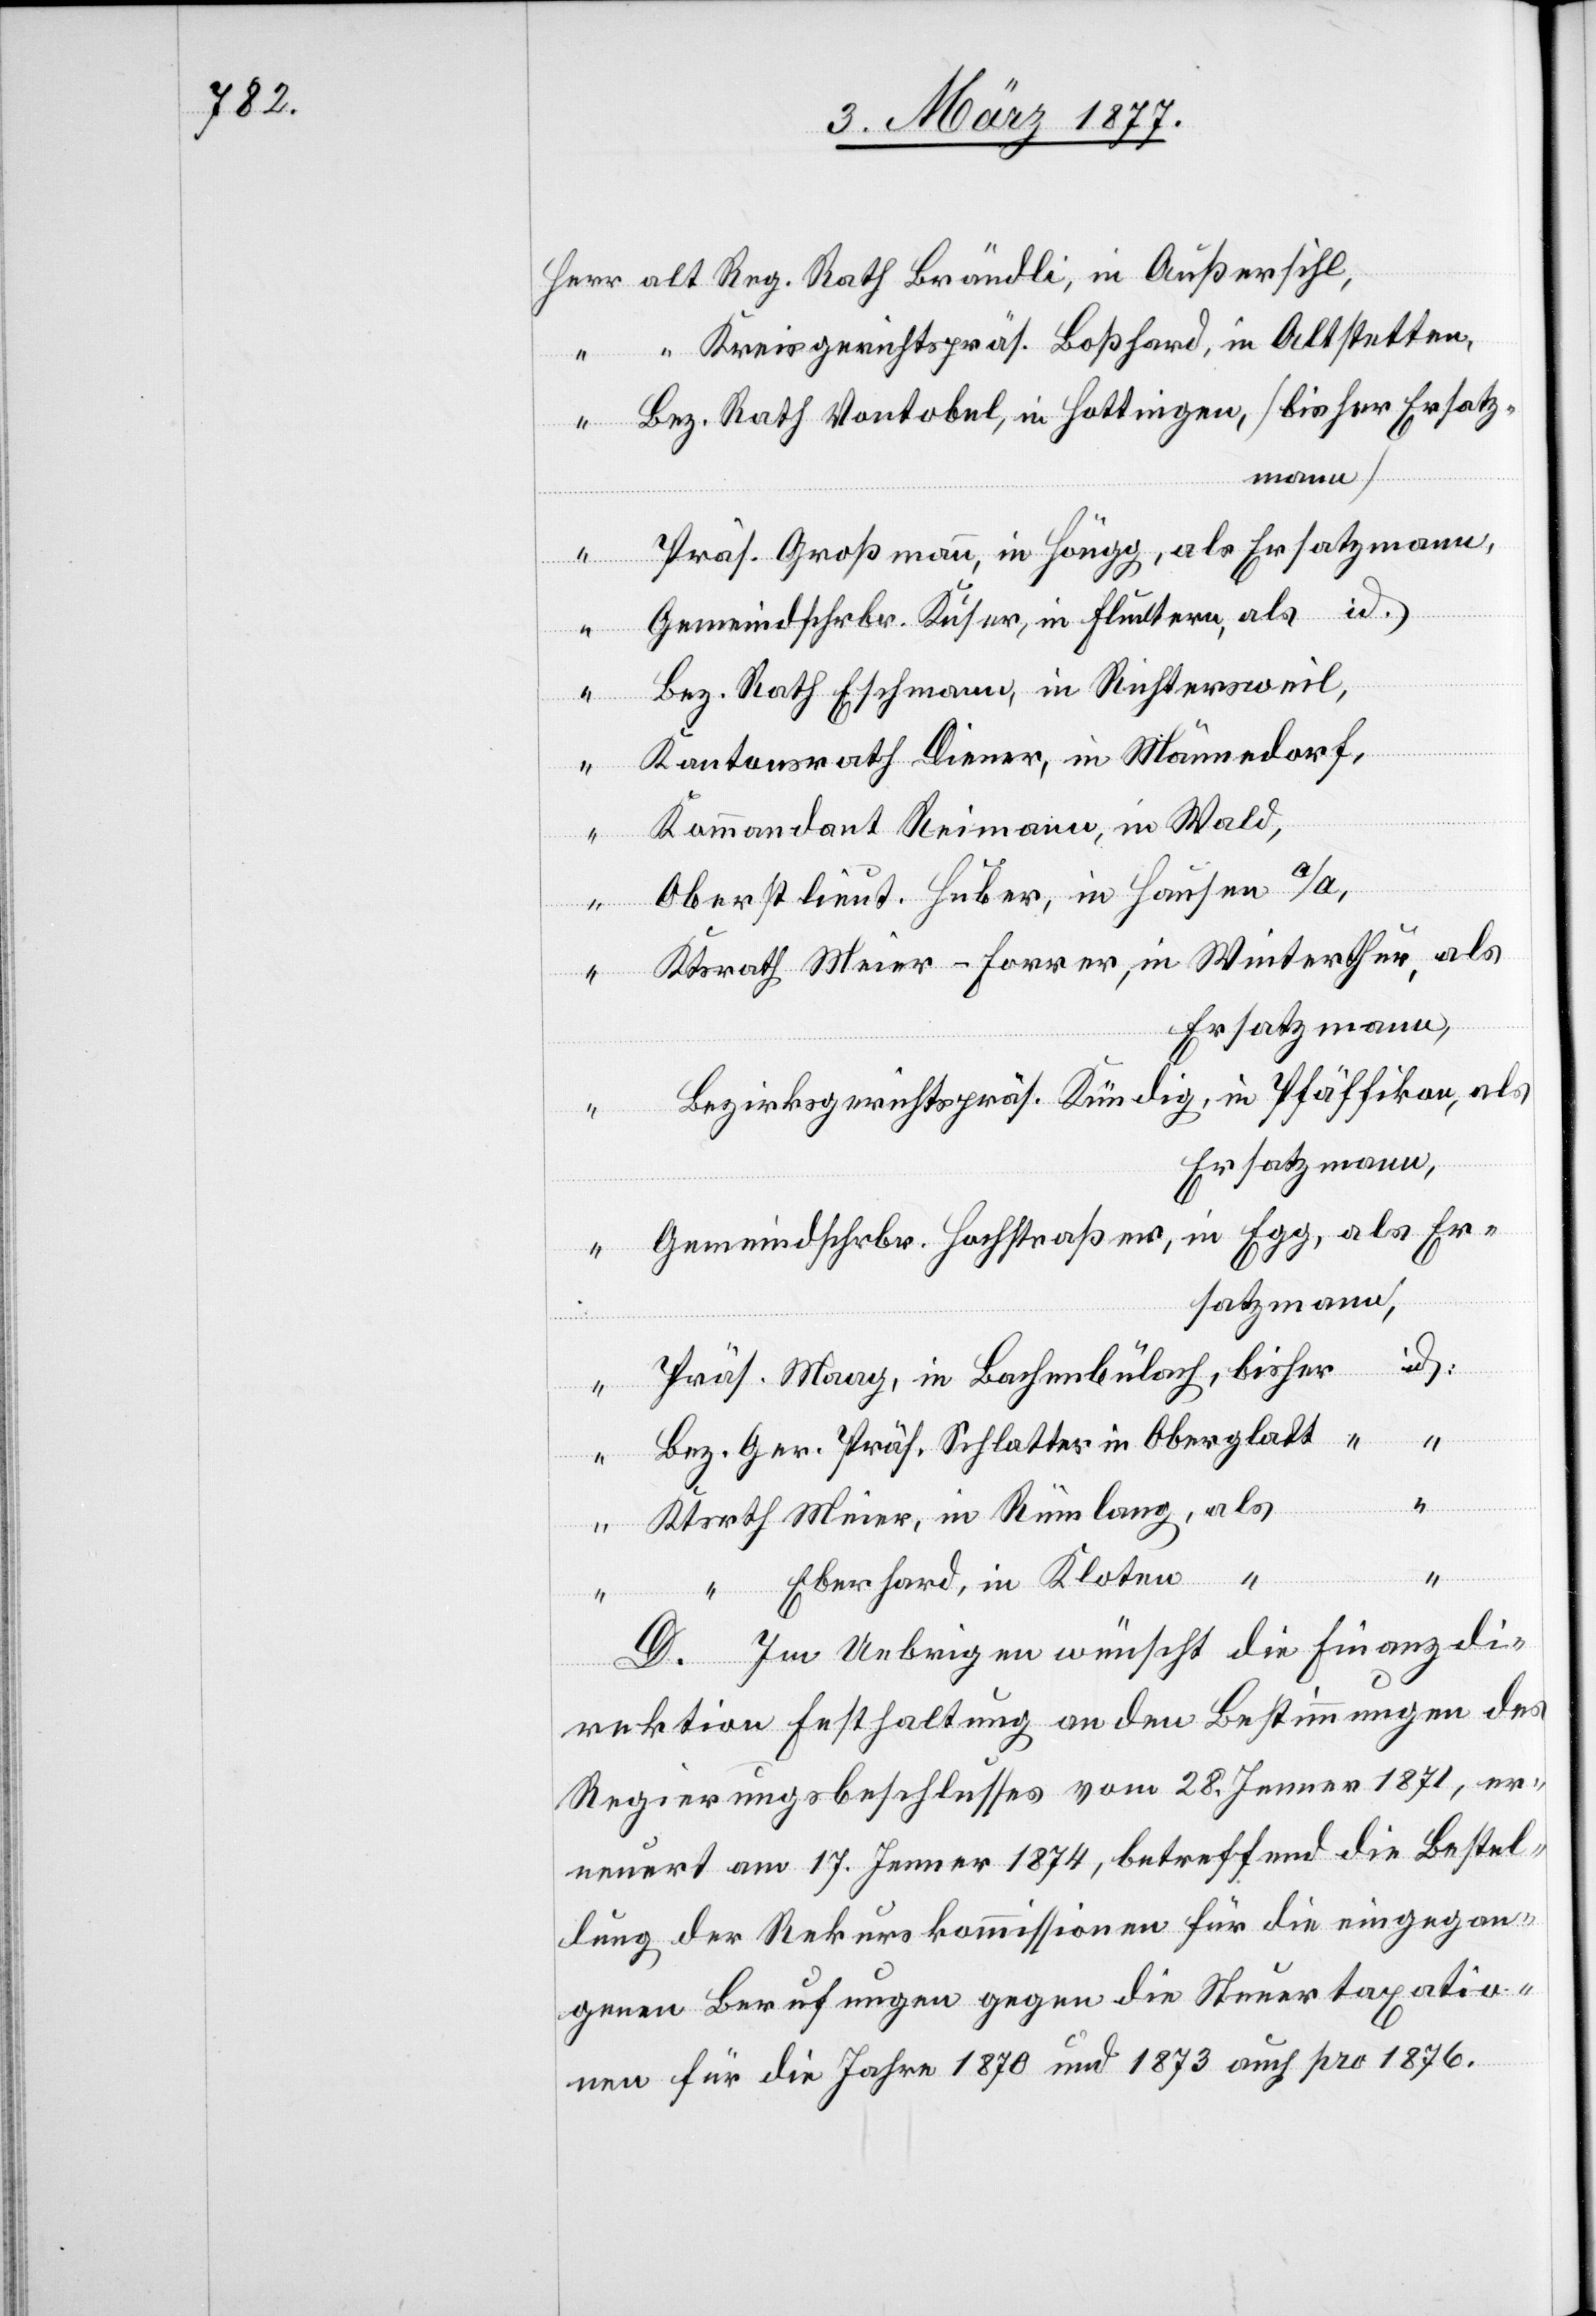
alt Reg. Rath Brändli, in Außersihl,
“ Kreisgerichtspräs. Boßhard, in Altstetten,
Bez. Rath Vontobel, in Hottingen, [bisher Ersatz¬
mann]
Präs. Großmann, in Höngg, als Ersatzmann,
Gemeindschrbr. Kuser, in Fluntern, als id.
“
Bez. Rath Eschmann, in Richtersweil,
Kantonsrath Diener, in Männedorf,
“
Kommandant Reimann, in Wald,
Herr
Oberstlieut. Huber, in Hausen a/A,
“
Ktsrath Meier-Forrer, in Winterthur, als
Ersatzmann
Bezirksgerichtspräs. Kündig, in Pfäffikon, als
Gemeindschrbr. Hochstraßer, in Egg, als
id:
Präs. Maag, in Bachenbülach, bisher
Bez. Ger. Präs. Schlatter in Oberglatt “
“
Ktsrth Meier, in Rümlang, als
“ Eberhard, in Kloten “
“
D. Im Uebrigen wünscht die Finanzdi¬
rektion Festhaltung an den Bestimmungen des
Regierungsbeschlusses vom 28. Jenner 1871, er¬
neuert am 17. Jenner 1874, betreffend die Bestel¬
lung der Rekurskommissionen für die eingegan¬
genen Berufungen gegen die Steuertaxatio¬
n für die Jahre 1870 und 1873 auch pro 1876.